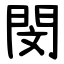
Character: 閔